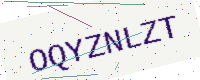
Text: OQYZNLZT